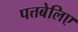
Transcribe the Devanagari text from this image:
पत्तबेलिए